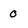
Character: 0